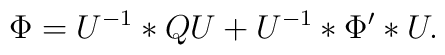
\Phi=U^{-1}\ast QU+U^{-1}\ast\Phi'\ast U.